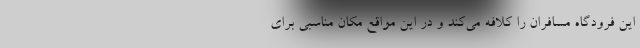
این فرودگاه مسافران را کلافه می‌کند و در این مواقع مکان مناسبی برای